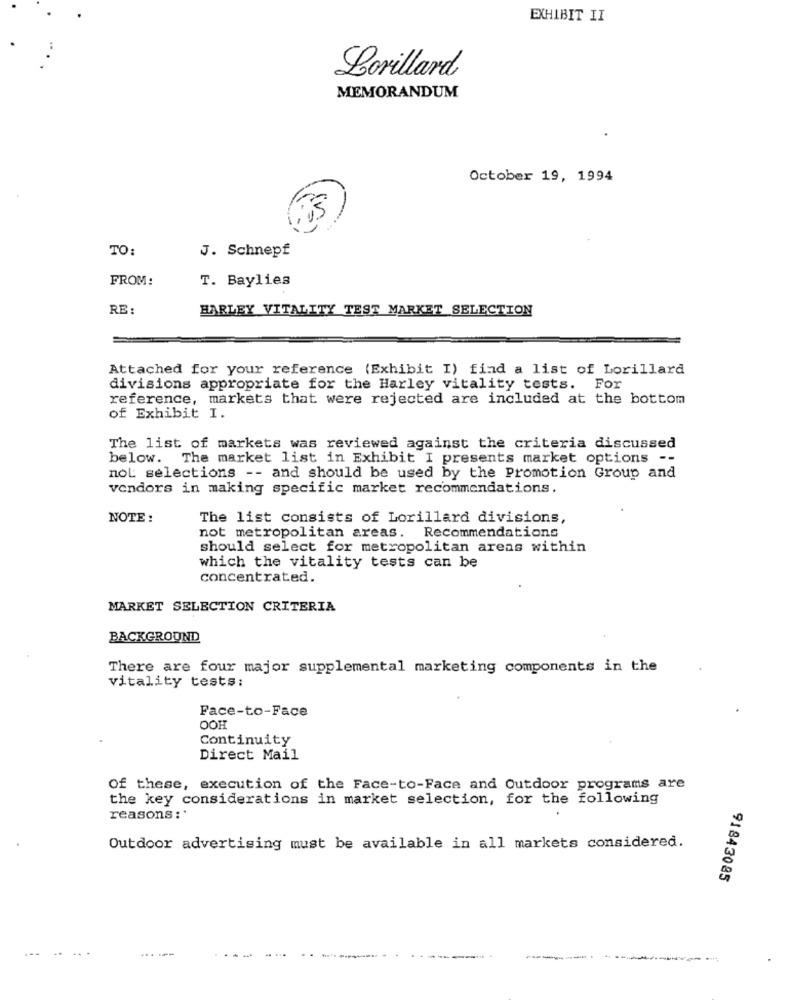
EXHIBIT II
Lorillard
MEMORANDUM
October 19, 1994
TO:
J. Schnepf
FROM:
T. Baylies
RE:
HARLEY VITALITY TEST MARKET SELECTION
Attached for your reference (Exhibit I) find a list of Lorillard
divisions appropriate for the Harley vitality tests. For
reference, markets that were rejected are included at the bottom
of Exhibit I.
The list of markets was reviewed against the criteria discussed
below. The market list in Exhibit I presents market options --
nol selections -- and should be used by the Promotion Group and
vendors in making specific market recommendations.
NOTE :
The list consists of Lorillard divisions,
not metropolitan areas. Recommendations
should select for metropolitan areas within
which the vitality tests can be
concentrated.
MARKET SELECTION CRITERIA
BACKGROUND
There are four major supplemental marketing components in the
vitality tests:
Face-to-Face
OOH
Continuity
Direct Mail
Of these, execution of the Face-to-Face and Outdoor programs are
the key considerations in market selection, for the following
reasons:'
Outdoor advertising must be available in all markets considered.
91843085
... ...
------...